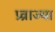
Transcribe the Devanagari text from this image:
प्र्व्राज्या